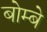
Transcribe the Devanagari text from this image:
बोम्‍बे